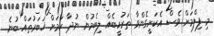
މި ފިލްމަށް ވެސް އެކަށީގެންވާ ތަރުހީބެއް ލިބެމުން ނުދާ ކަމަށް ޚަބަރުތައް ބުނެ